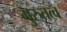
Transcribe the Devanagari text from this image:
गुरुतत्व